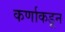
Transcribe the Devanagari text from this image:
कर्णाकडून